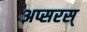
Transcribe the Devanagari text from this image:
अप्सरस्